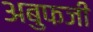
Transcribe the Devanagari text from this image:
अबुफजी